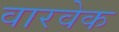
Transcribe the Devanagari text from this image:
वारवेक